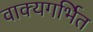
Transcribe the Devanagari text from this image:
वाक्यगर्भित